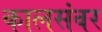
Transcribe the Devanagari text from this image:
कालसंवर